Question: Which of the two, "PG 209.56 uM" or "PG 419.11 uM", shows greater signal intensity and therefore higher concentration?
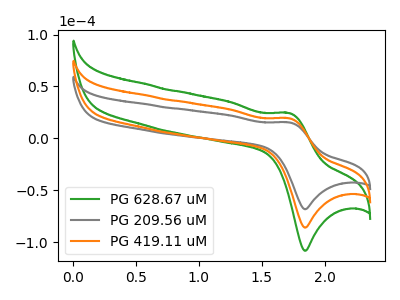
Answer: <think>The green curve "PG 628.67 uM" has an anodic peak at (1.70V, 38.70uA) and a cathodic peak at (1.85V, -172.05uA). The gray curve "PG 209.56 uM" has an anodic peak at (1.70V, 15.35uA) and a cathodic peak at (1.85V, -68.30uA). The orange curve "PG 419.11 uM" has an anodic peak at (1.70V, 19.35uA) and a cathodic peak at (1.85V, -86.00uA).
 All the peaks in "PG 209.56 uM" have a peak in "PG 419.11 uM" at the same potential. Every peak in "PG 209.56 uM" is lower than every peak in "PG 419.11 uM".</think>
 <answer>"PG 209.56 uM" has less signal than "PG 419.11 uM" and so likely has a lower concentration.</answer>
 <eval>less_concentration</eval>